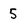
Character: 5